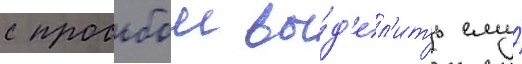
с просьбои вы́д'ел'ить ему́